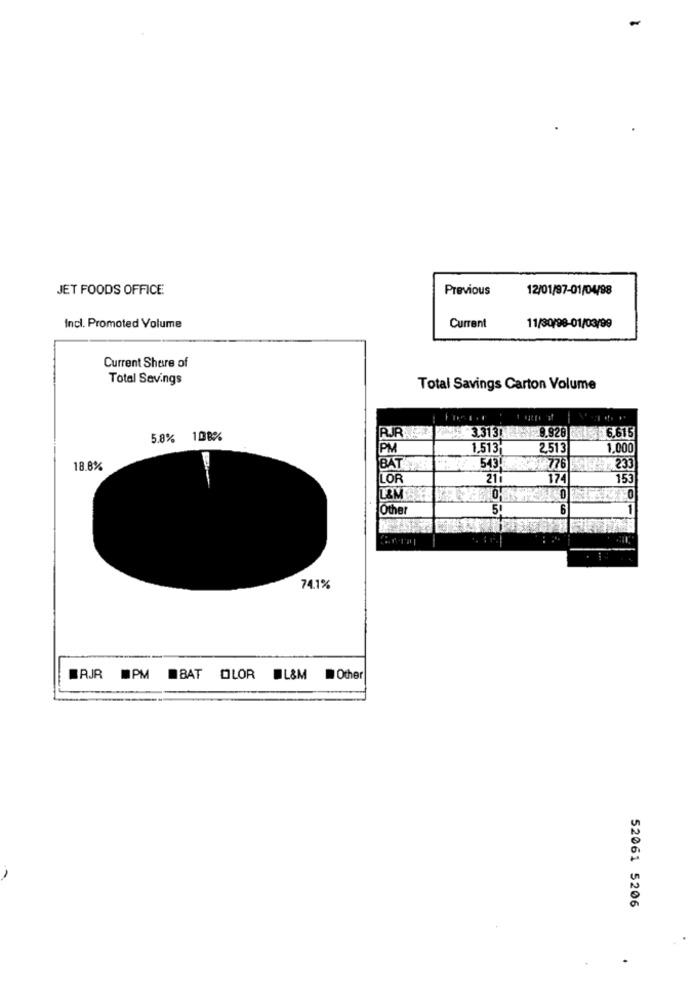
-
JET FOODS OFFICE
Previous
12/01/97-01/04/98
Incl. Promoted Volume
Current
11/30/98-01/03/99
Current Share of
Total Savings
Total Savings Carton Volume
RJR. 02.
3.313 9.928
6.615
5.8% 108%
PM
1.513
2,513
1,000
18.8%
BAT
543!
#776
233
LOR
211
174
155
L&M
Other
5
6
74.1%
WAJR PM BAT OLOR L&M
Other
52061 5206